Annual report of the Central Committee of the Association together with the report of the directors of the Pasteur Institute at Kasauli
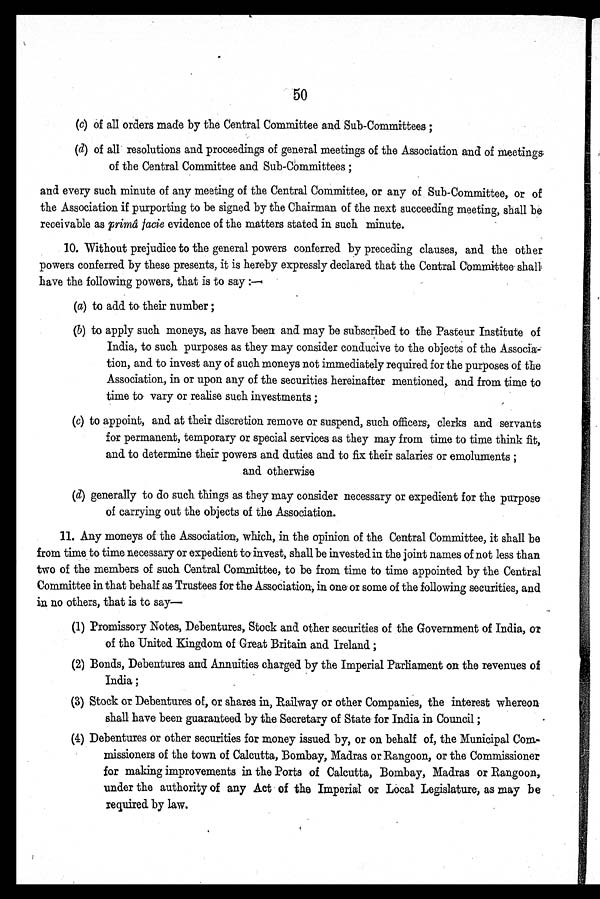
50
(c) of all orders made by the Central Committee and Sub-Committees ;
(c) of all resolutions and proceedings of general meetings of the Association and of meetings,
of the Central Committee and Sub-Committees ;
and every such minute of any meeting of the Central Committee, or any of Sub-Committee, or of
the Association if purporting to be signed by the Chairman of the next succeeding meeting, shall be
receivable as prima facie evidence of the matters stated in such minute.
10. Without prejudice to the general powers conferred by preceding clauses, and the other
powers conferred by these presents, it is hereby expressly declared that the Central Committee shall
have the following powers, that is to say :—
(a) to add to their number ;
(b) to apply such moneys, as have been and may be subscribed to the Pasteur Institute of
India, to such purposes as they may consider conducive to the objects of the Associa-
tion, and to invest any of such moneys not immediately required for the purposes of the
Association, in or upon any of the securities hereinafter mentioned,, and from time to
time to vary or realise such investments ;
(c) to appoint, and at their discretion remove or suspend, such officers, clerks and servants
for permanent, temporary or special services as they may from time to time think fit,
and to determine their powers and duties and to fix their salaries' or emoluments ;
and otherwise
(d) generally to do such things as they may consider necessary or expedient for the purpose.
of carrying out the objects of the Association.
11. Any moneys of the Association. , which, in the opinion of the Central Committee, it shall be
from time to time necessary or expedient to invest, shall be invested in the joint names of not less than
two of the members of such Central Committee, to be from time to time appointed by the Central
Committee in that behalf as Trustees for the Association, in one or some of the following securities, and
in no others, that is to say
(1) Promissory Notes, Debentures, Stock and other securities of the Government of India, or
of the United Kingdom of Great Britain and Ireland ;
(2) Bonds, Debentures and Annuities charged by the Imperial Parliament on the revenues of
India ;
(3) Stock or Debentures of, or shares in, Railway or other Companies, the interest whereon
shall have been guaranteed by the Secretary of State for India in Council ;
(4) Debentures or other securities for money issued by, or on behalf of, the Municipal Com-
missioners of the town of Calcutta, Bombay, Madras or Rangoon, or the Commissioner
for making improvements in the Ports of Calcutta, Bombay, Madras or Rangoon,
under the authority of any Act of the Imperial or Local Legislature, as may be
required by law.